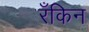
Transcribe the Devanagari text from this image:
रँकिन